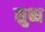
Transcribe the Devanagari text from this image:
सुब्ध